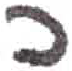
אות: כ